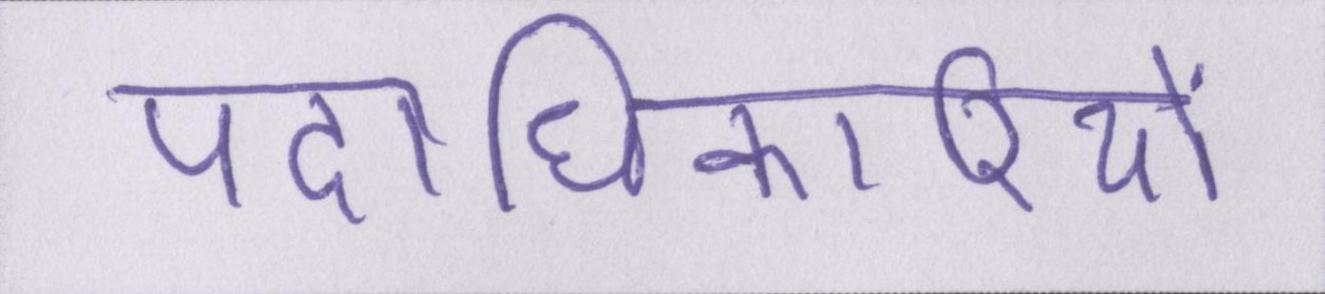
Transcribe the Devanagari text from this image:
पदाधिकारियों